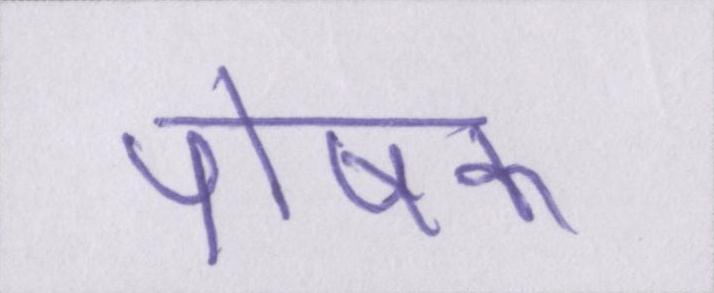
पोषक